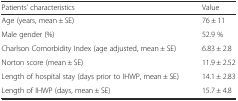
| Patients’ characteristics | Value |
 | --- | --- |
 | Age (years, mean ± SE) | 76 ± 11 |
 | Male gender (%) | 52.9 % |
 | Charlson Comorbidity Index (age adjusted, mean ± SE) | 6.83 ± 2.8 |
 | Norton score (mean ± SE) | 11.9 ± 2.52 |
 | Length of hospital stay (days prior to IHWP, mean ± SE) | 14.1 ± 2.83 |
 | Length of IHWP (days, mean ± SE) | 15.7 ± 4.8 |